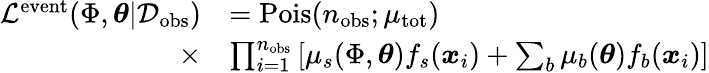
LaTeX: \begin{array}{rl}{\mathcal{L}^{\mathrm{event}}(\Phi,\mathbf{\boldsymbol{\theta}}|\mathcal{D}_{\mathrm{obs}})}&{=\mathrm{Pois}(n_{\mathrm{obs}};\mu_{\mathrm{tot}})}\\ {\times}&{\prod_{i=1}^{n_{\mathrm{obs}}}\left[\mu_{s}(\Phi,\boldsymbol{\theta})f_{s}(\boldsymbol{x}_{i})+\sum_{b}\mu_{b}(\boldsymbol{\theta})f_{b}(\boldsymbol{x}_{i})\right]}\end{array}